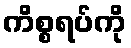
ကိစ္စရပ်ကို